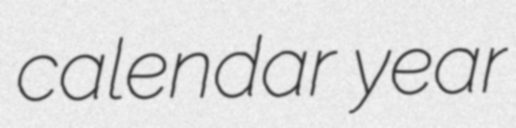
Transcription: calendar year